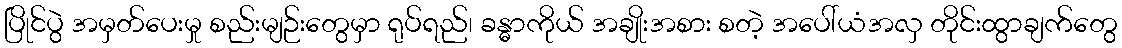
ပြိုင်ပွဲ အမှတ်ပေးမှု စည်းမျဉ်းတွေမှာ ရုပ်ရည်၊ ခန္ဓာကိုယ် အချိုးအစား စတဲ့ အပေါ်ယံအလှ တိုင်းထွာချက်တွေ